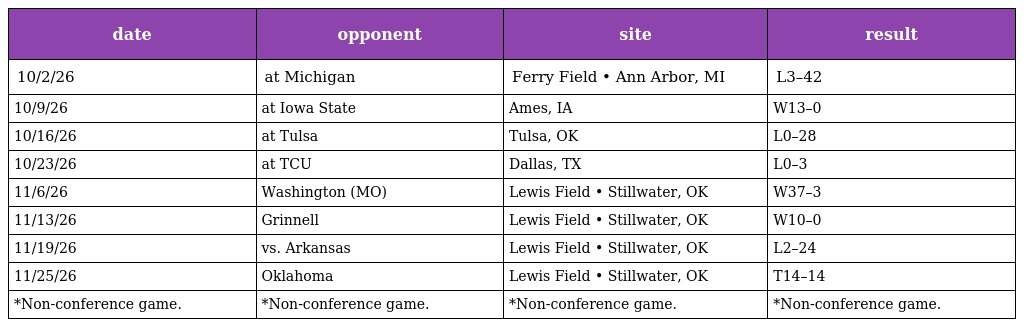
| date | opponent | site | result |
 | --- | --- | --- | --- |
 | 10/2/26 | at Michigan | Ferry Field • Ann Arbor, MI | L3–42 |
 | 10/9/26 | at Iowa State | Ames, IA | W13–0 |
 | 10/16/26 | at Tulsa | Tulsa, OK | L0–28 |
 | 10/23/26 | at TCU | Dallas, TX | L0–3 |
 | 11/6/26 | Washington (MO) | Lewis Field • Stillwater, OK | W37–3 |
 | 11/13/26 | Grinnell | Lewis Field • Stillwater, OK | W10–0 |
 | 11/19/26 | vs. Arkansas | Lewis Field • Stillwater, OK | L2–24 |
 | 11/25/26 | Oklahoma | Lewis Field • Stillwater, OK | T14–14 |
 | *Non-conference game. | *Non-conference game. | *Non-conference game. | *Non-conference game. |